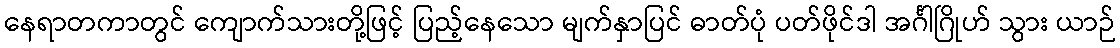
နေရာတကာတွင် ကျောက်သားတို့ဖြင့် ပြည့်နေသော မျက်နှာပြင် ဓာတ်ပုံ ပတ်ဖိုင်ဒါ အင်္ဂါဂြိုဟ် သွား ယာဉ်